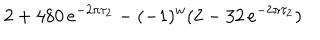
2 + 4 8 0 \, e ^ { - 2 \pi \tau _ { 2 } } - ( - 1 ) ^ { w } ( 2 - 3 2 \, e ^ { - 2 \pi \tau _ { 2 } } )